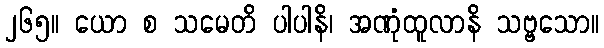
၂၆၅။ ယော စ သမေတိ ပါပါနိ၊ အဏုံထူလာနိ သဗ္ဗသော။